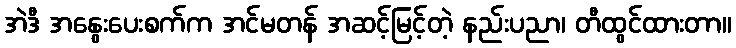
အဲဒီ အနွေးပေးစက်က အင်မတန် အဆင့်မြင့်တဲ့ နည်းပညာ၊ တီထွင်ထားတာ။